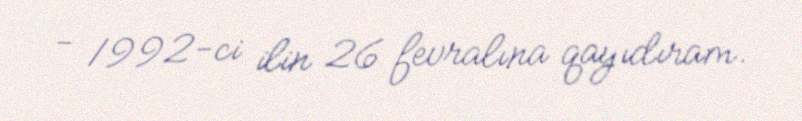
- 1992-ci ilin 26 fevralına qayıdıram.